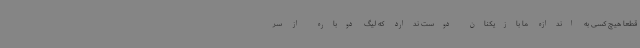
قطعا هیچ کسی به اندازه ما بازیکنان دوست ندارد که لیگ دوباره از سر